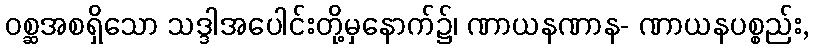
ဝစ္ဆအစရှိသော သဒ္ဒါအပေါင်းတို့မှနောက်၌၊ ဏာယနဏာန- ဏာယနပစ္စည်း,